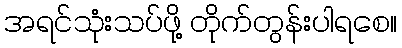
အရင်သုံးသပ်ဖို့ တိုက်တွန်းပါရစေ။